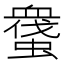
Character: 𧑬